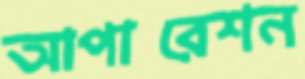
আপারেশন